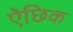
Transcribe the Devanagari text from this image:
ऐछिक